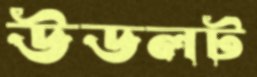
উডলট